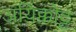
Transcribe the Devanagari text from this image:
अयिक्कोट्ट